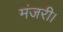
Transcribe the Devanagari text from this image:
मंजरी।